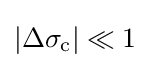
|\Delta \sigma _{\text{c}}|\ll 1